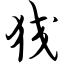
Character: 狡